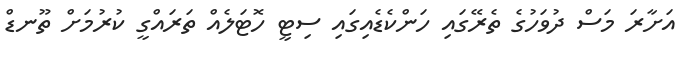
އަށާރަ މަސް ދުވަހުގެ ތެރޭގައި ހަންކެޑެއިގައި ސިޓީ ހޮޓަލެއް ތަރައްގީ ކުރުމަށް ތޫނޑް